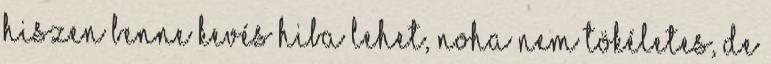
hiszen benne kevés hiba lehet, noha nem tökéletes, de